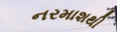
નરમાશથી